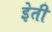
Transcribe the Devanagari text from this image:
इेती